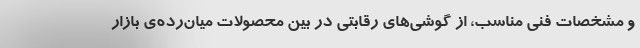
و مشخصات فنی مناسب، از گوشی‌های رقابتی در بین محصولات میان‌رده‌ی بازار